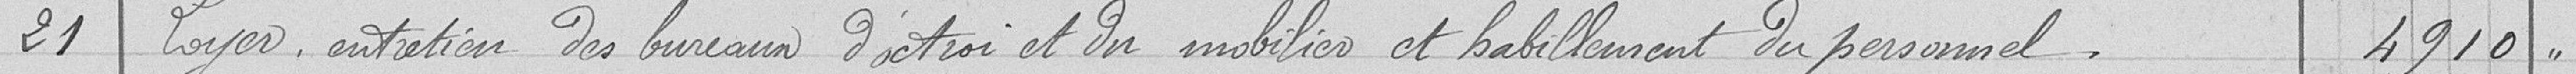
21. Loyer entretien des bureaux d'octroi et du mobilier et habillement du personnel 4910